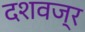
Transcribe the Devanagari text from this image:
दशवज्र